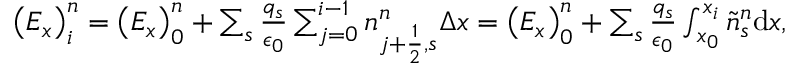
\begin{array} { r } { \left( E _ { x } \right) _ { i } ^ { n } = \left( E _ { x } \right) _ { 0 } ^ { n } + \sum _ { s } \frac { q _ { s } } { \epsilon _ { 0 } } \sum _ { j = 0 } ^ { i - 1 } n _ { j + \ensuremath { { \frac { 1 } { 2 } } } , s } ^ { n } \Delta x = \left( E _ { x } \right) _ { 0 } ^ { n } + \sum _ { s } \frac { q _ { s } } { \epsilon _ { 0 } } \int _ { x _ { 0 } } ^ { x _ { i } } \tilde { n } _ { s } ^ { n } \mathrm { d } x , } \end{array}